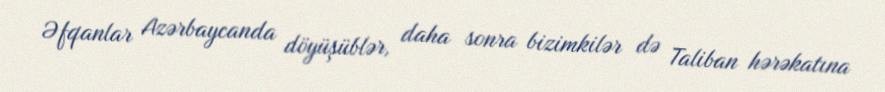
Əfqanlar Azərbaycanda döyüşüblər, daha sonra bizimkilər də Taliban hərəkatına